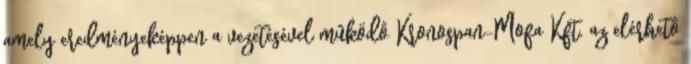
amely eredményeképpen a vezetésével mûködô Kronospan-Mofa Kft. az elérhetô